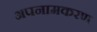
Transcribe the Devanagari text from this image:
अपनामकरण